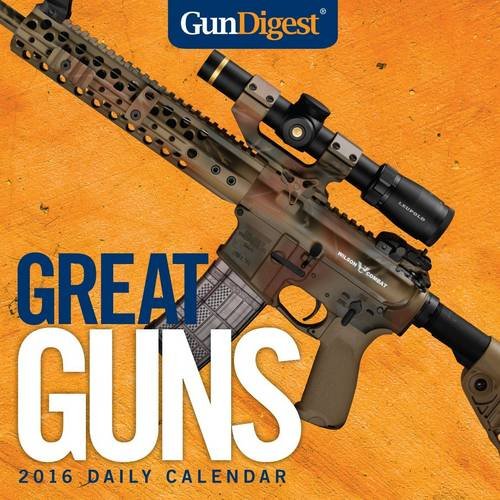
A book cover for Gun Digest Great Guns 2016 Daily Calendar; Gun Digest Publisher; Crafts, Hobbies & Home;